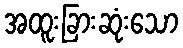
အထူးခြားဆုံးသော